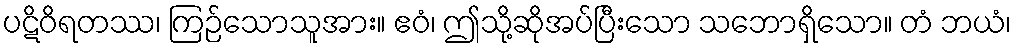
ပဋိဝိရတဿ၊ ကြဉ်သောသူအား။ ဧဝံ၊ ဤသို့ဆိုအပ်ပြီးသော သဘောရှိသော။ တံ ဘယံ၊